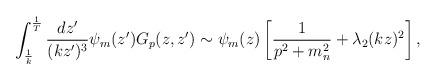
LaTeX: \begin{align*}\int_{1\over k}^{1\over T} {dz'\over (kz')^3}\psi_m(z') G_p(z,z')\sim\psi_m(z)\left[{1\over p^2+ m_n^2} + {\lambda_2} (kz)^2\right],\end{align*}